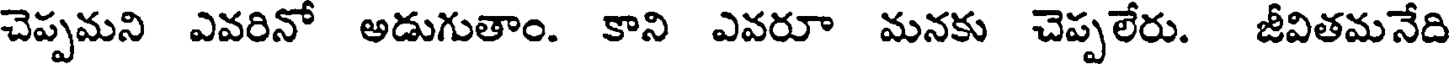
చెప్పమని ఎవరినో అడుగుతాం. కాని ఎవరూ మనకు చెప్పలేరు. జీవితమనేది